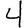
Digit: 4